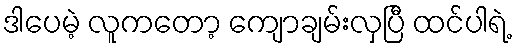
ဒါပေမဲ့ လူကတော့ ကျောချမ်းလှပြီ ထင်ပါရဲ့